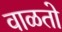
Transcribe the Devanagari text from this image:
वाळतो